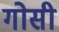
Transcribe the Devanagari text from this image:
गोसी